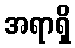
အရာရှိ